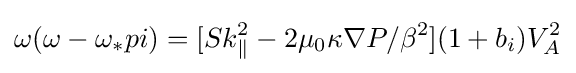
\omega (\omega -\omega _{*}pi)=[Sk_{\parallel }^{2}-2\mu _{0}\kappa \nabla P/\beta ^{2}](1+b_{i})V_{A}^{2}